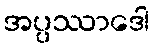
အပ္ပဿာဒေါ